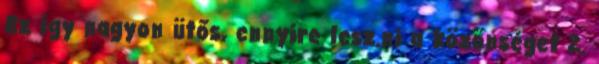
Ez í­gy nagyon ütős, ennyire lesz.ni a közönséget 2.